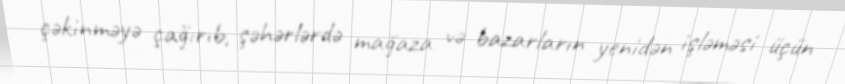
çəkinməyə çağırıb, şəhərlərdə mağaza və bazarların yenidən işləməsi üçün